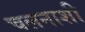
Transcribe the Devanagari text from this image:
चलनाशी